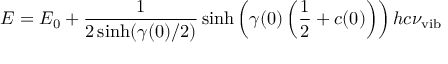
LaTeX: E = E _ { 0 } + \frac { 1 } { 2 \sinh ( \gamma ( 0 ) / 2 ) } \sinh \left( \gamma ( 0 ) \left( \frac { 1 } { 2 } + c ( 0 ) \right) \right) h c \nu _ { \mathrm { v i b } }